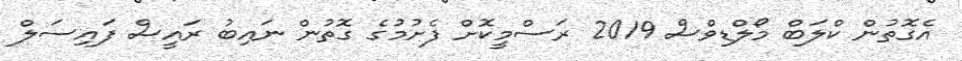
އެގޮތުން ކްލަބް މޯލްޑިވްސް 2019 ރަސްމީކޮށް ފެށުމުގެ ގޮތުން ނައިބު ރައީސް ފައިސަލް